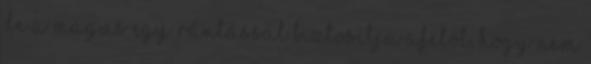
de a mágus egy rántással biztosítja afelől, hogy nem